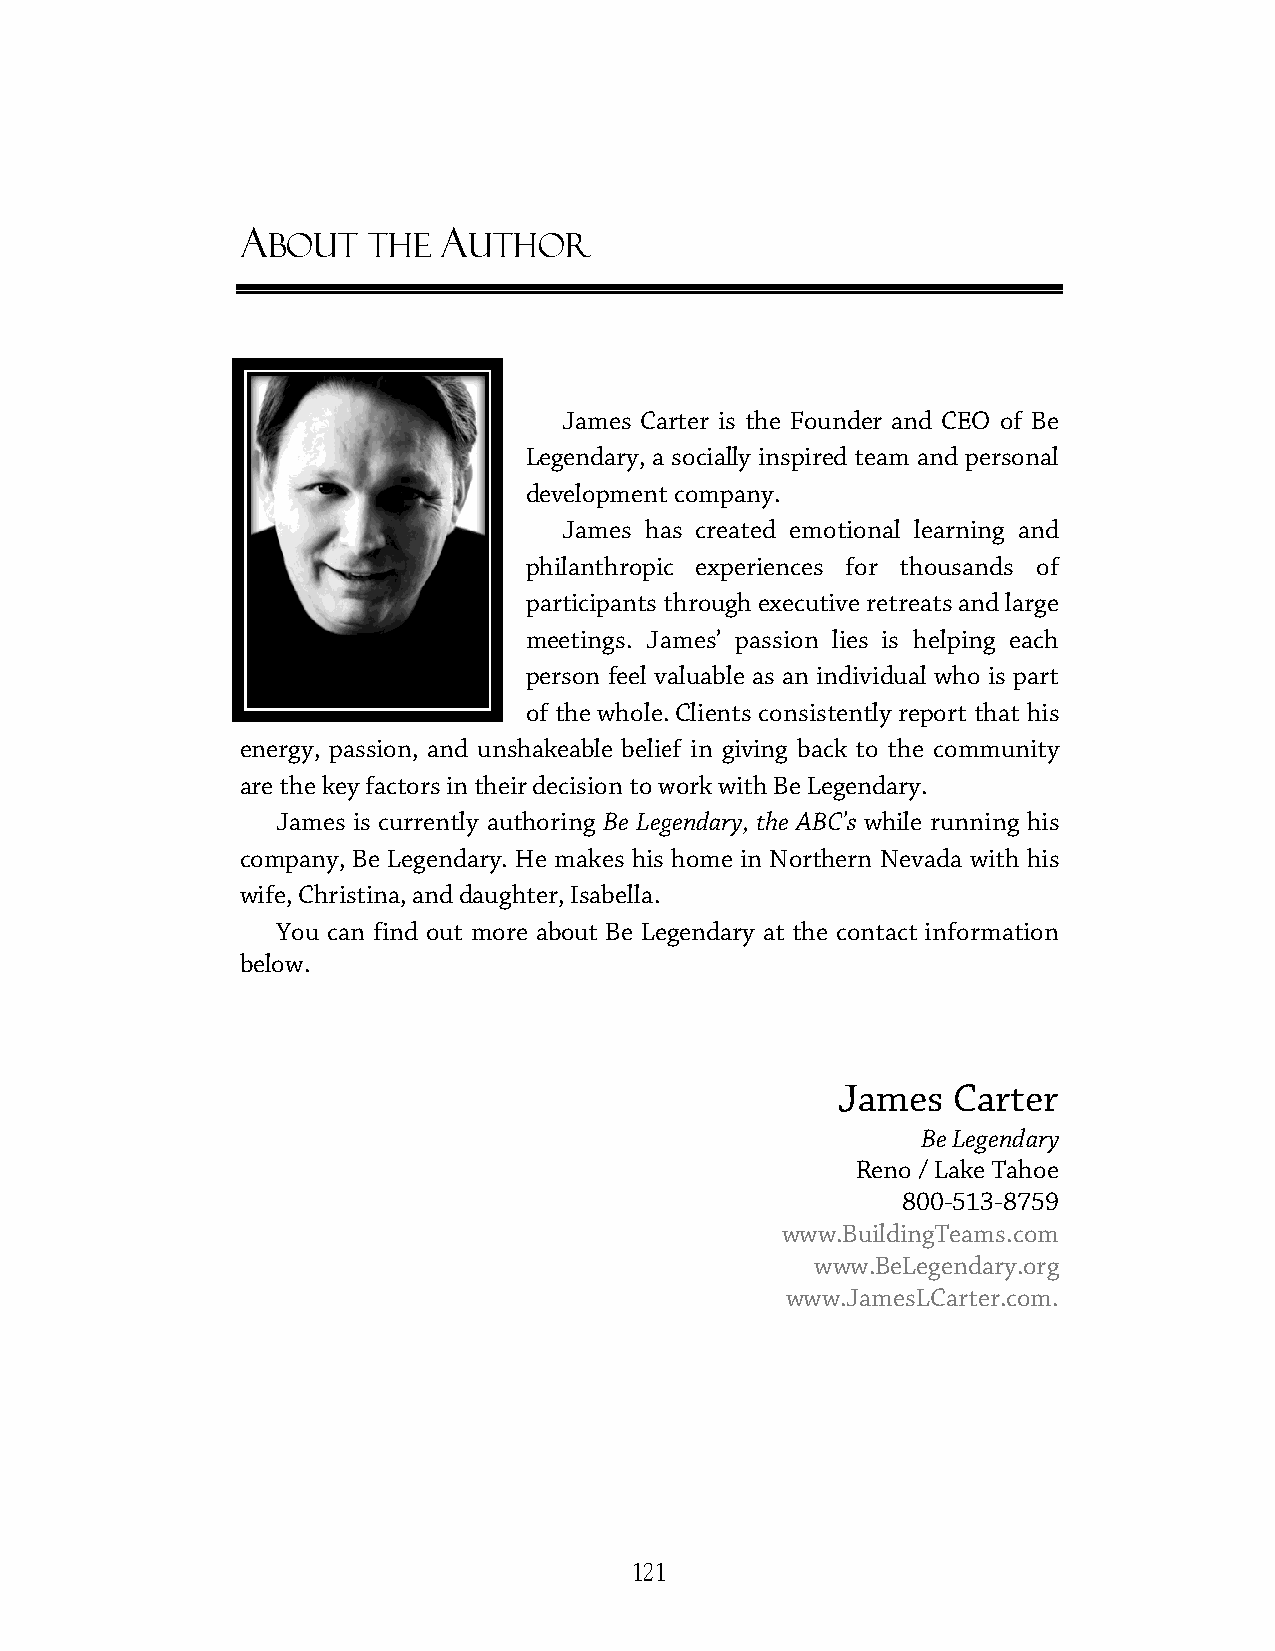
A            A
 BOUT  THE    UTHOR
 JJaammeess CCaarrtteerr iiss tthhee FFoouunnddeerr aanndd CCEEOO ooff BBee
 LLeeggeennddaarryy,, aa ssoocciiaallllyy iinnssppiirreedd tteeaamm aanndd ppeerrssoonnal
 ddeevveellooppmmeenntt ccoommppaannyy..
 JJaammeess hhaass ccrreeaatteedd eemmoottiioonnaall lleeaarrnniinngg aanndd
 pphhiillaanntthhrrooppiicc eexxppeerriieenncceess ffoorr tthhoouussaannddss ooff
 ppaarrttiicciippaannttss tthhrroouugghh eexxeeccuuttiivvee rreettrreeaattss aanndd llaarrggee
 meetings. JJaammeess’ passion lies is helping each
 ppeerrssoonn ffeeeell vvaalluuaabbllee aass aann iinnddiivviidduuaall wwhhoo iiss ppaarrtt
 of the whole. Clients consistently report that his
 energy, passion, aanndd uunnsshhaakkeeaabbllee bbeelliieeff iinn ggiivviinngg bbaacckk ttoo tthhee ccoommmmuunniittyy
 aarree tthhee kkeeyy ffaaccttoorrss iinn tthheeiirr ddeecciissiioonn ttoo wwoorrkk wwiitthh BBee LLeeggeennddaarryy..
 James is currently authoring BBee LLeeggeennddaarryy,, tthhee AABBCC’s while running his
 company, Be Legendary.. HHee mmaakkeess hhiiss hhoommee in Northern Nevada with his
 wife, Christina, and daughter, Isabella.
 YYoouu ccaann ffiinndd oouutt mmoorree aabboouutt BBee LLeeggeennddaarryy aatt the contact information
 below.
 James   Carter
 Be Legendary
 Reno / Lake Tahoe
 800-513-8759
 www.BuildingTeams.com
 www.BeLegendary.org
 www.JamesLCarter.com.
 121